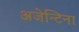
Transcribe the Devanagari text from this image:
अजेन्टिना